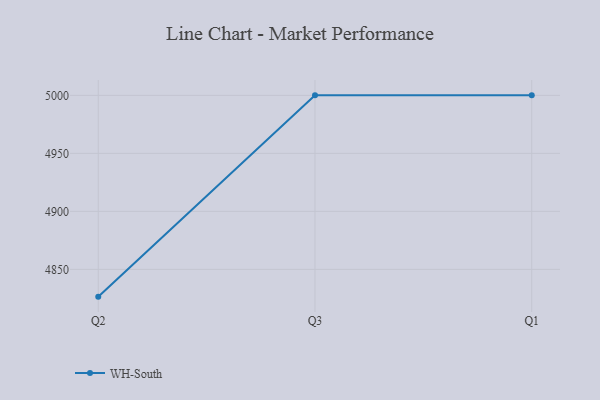
{"axis": {"x": "Quarter", "y": "Churn Rate (%)"}, "legend": ["WH-South"], "data": [{"x": "Q2", "y": 4826.5, "type": "WH-South"}, {"x": "Q3", "y": 5000, "type": "WH-South"}, {"x": "Q1", "y": 5000, "type": "WH-South"}]}